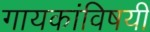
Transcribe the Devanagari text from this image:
गायकांविषयी